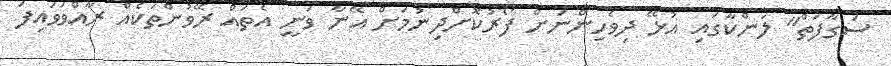
ސަގާފަތް" ލަންކާގައި އުޅޭ ދިވެހިންނަށް ފޯރުކޮށްދިނުމަށް އޭނާ ވަނީ އެތައް ރޭވުންތަކެއް ރާއްވަވައިފަ